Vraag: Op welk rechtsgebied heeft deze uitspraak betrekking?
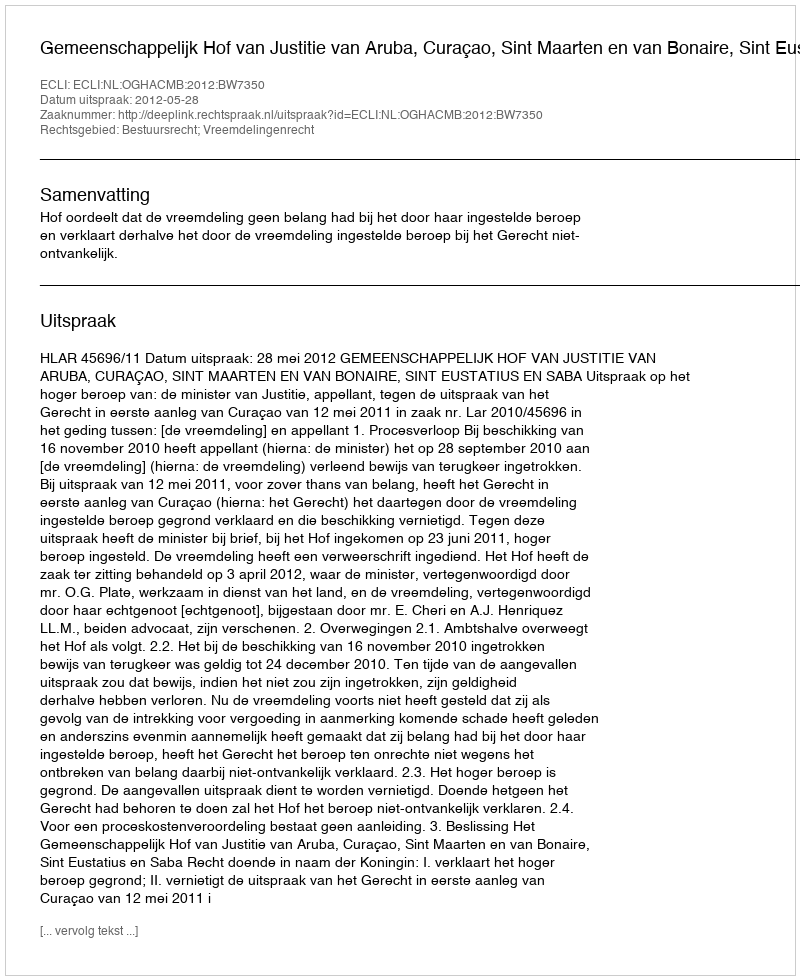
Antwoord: Bestuursrecht; Vreemdelingenrecht